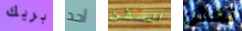
بريك أحد السفن تغش